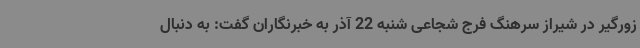
زورگیر در شیراز سرهنگ فرج شجاعی شنبه 22 آذر به خبرنگاران گفت: به دنبال